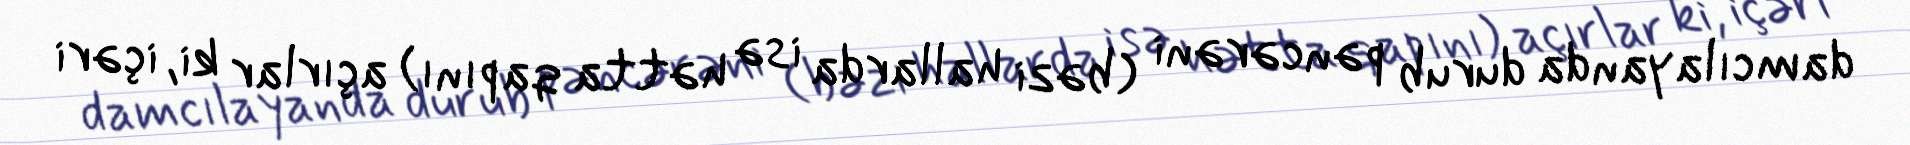
damcılayanda durub pəncərəni (bəzi hallarda isə hətta qapını) açırlar ki, içəri